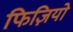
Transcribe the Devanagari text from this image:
फिज़ियो